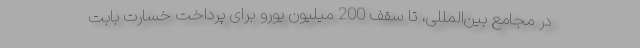
در مجامع بین‌المللی، تا سقف 200 میلیون یورو برای پرداخت خسارت بابت